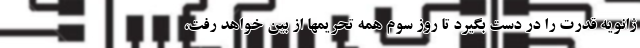
ژانویه قدرت را در دست بگیرد تا روز سوم همه تحریمها از بین خواهد رفت،